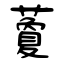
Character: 藑